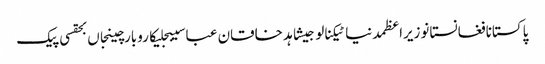
پاکستانافغانستانوزیراعظمدنیاٹیکنالوجیشاہد خاقان عباسیبجلیکاروبارچینجاں بحقسی پیک